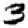
Digit: 3